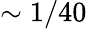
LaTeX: \sim 1/40